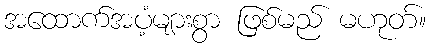
အထောက်အပံ့များစွာ ဖြစ်မည် မဟုတ်။